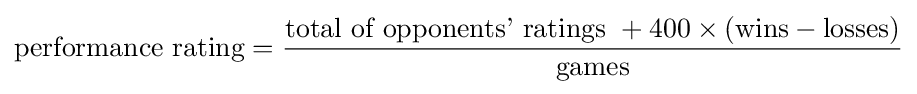
{\text{performance rating}}={\frac {{\text{total of opponents' ratings }}+400\times ({\text{wins}}-{\text{losses}})}{\text{games}}}